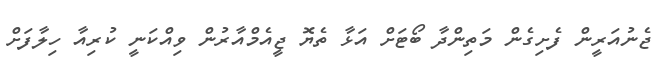
ޖެނުއަރީން ފެށިގެން މަތިންދާ ބޯޓަށް އަޅާ ތެޔޮ ޖީއެމްއާރުން ވިއްކަނީ ކުރިއާ ހިލާފަށް